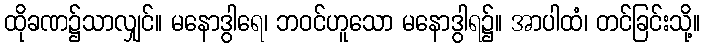
ထိုခဏ၌သာလျှင်။ မနောဒွါရေ၊ ဘဝင်ဟူသော မနောဒွါရ၌။ အာပါထံ၊ တင်ခြင်းသို့။